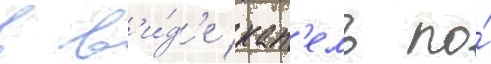
в в'и́д'е кап'ель по́